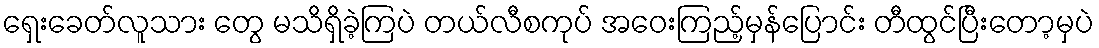
ရှေးခေတ်လူသား တွေ မသိရှိခဲ့ကြပဲ တယ်လီစကုပ် အဝေးကြည့်မှန်ပြောင်း တီထွင်ပြီးတော့မှပဲ